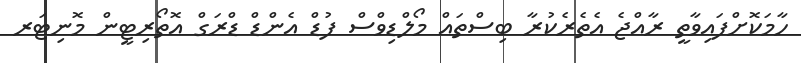
ހާމަކޮށްފައިވާތީ ރާއްޖެ އެތެރެކުރާ ބިސްތައް މޯލްޑިވްސް ފުޑް އެންޑް ޑްރަގް އޮތޯރިޓީން މޮނިޓަރ